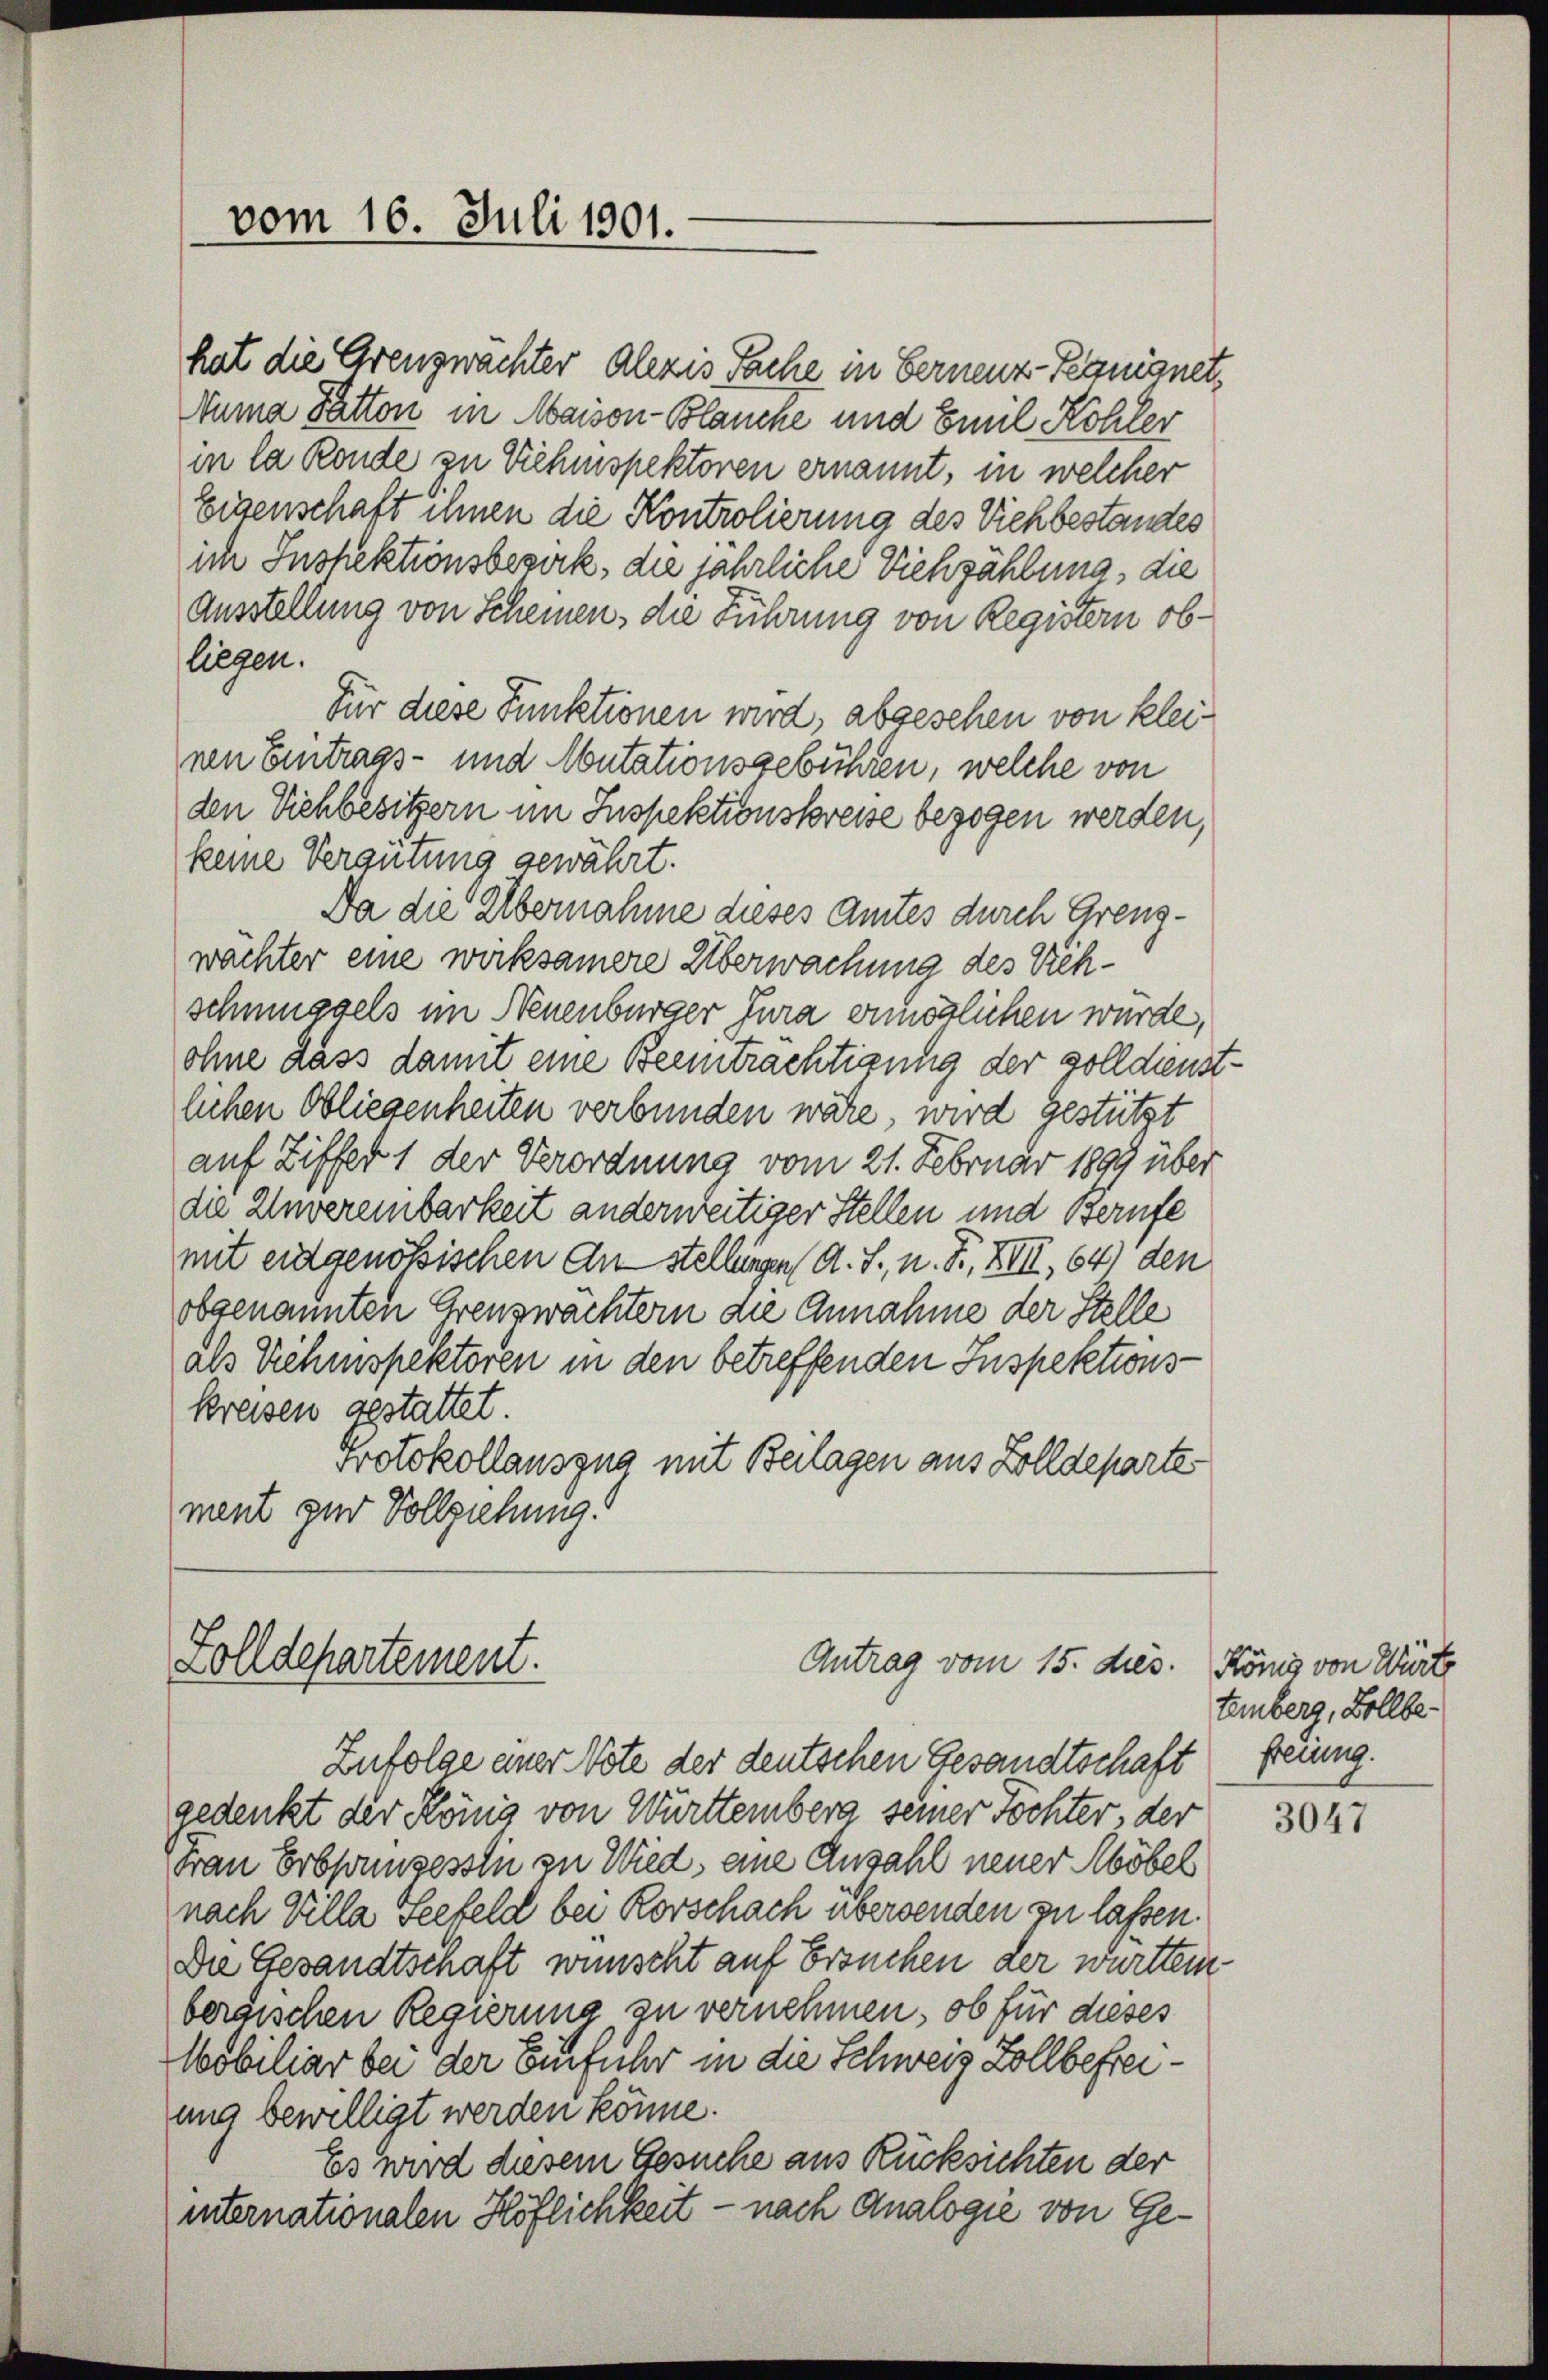
vom 16. Juli 1901.

hat die Grenzwachter Alezis Sache in Fernenz-Teqnignet,
Numa Patton in Maison-Blanche und Emil Kohler
in la Ronde zu Viehenspektoren ernannt, in welcher
Eigenschaft ihnen die Kontrolierung des Viehbestandes
ich Inspektionsbesick, die jährliche Viehzählung, die
Ausstellung von Scheinen, die Führung von Registern obliegen.
Für diese Funktionen wird, abgesehen von kleinen Eintrags- und Mutationsgebühren, welche von
den Viehbesitzern im Inspektionskreise bezogen werden,
keine Vergütung gewährt.
Da die Übernahme dieses Amtes durch Grenzwachter eine wirksamere Überwachung des Viehschmuggels im Neuenburger Jura ermöglichen wurde,
ohne dass damit eine Beeinträchtigung der volldienstlichen Obliegenheiten verbunden wäre, wird gestützt
auf Ziffer 1 der Verordnung vom 21. Februar 1891 über
die Unvereinbarkeit anderweitiger Stellen und Berufe
mit eidgenössischen Anstellungen (A. S., n. F. XIII, 64) den
obgenannten Grenzwächtern die Annahme der Stelle
als Viehenspektoren in den betreffenden Inspektionskreisen gestattet
Protokollausgna mit Beilagen aus Zolldepartes
ment zur Vollziehung.

Solldepartement.

Antrag vom 15. dies.

Zufolge einer Note der deutschen Gesandtschaft
gedenkt der König von Württemberg seiner Töchter, der
van Erbsanzesstii zu Wied, eine Anzahl neuer Möbel
nach Villa Seefeld bei Rorschach übersenden zu lassen.
Die Gesandtschaft wünscht auf Ersuchen der württem
bergischen Regierung zu vernehmen, ob für dieses
Mobiliar bei der Einfuhr in die Schweiz Zollbefreiung bewilligt werden könne.
Es wird diesem Gesuche aus Rücksichten der
internationalen Höflichkeit - nach Analogie von Ge¬

König von Würte
tenberg, Zollbefreung.

3047